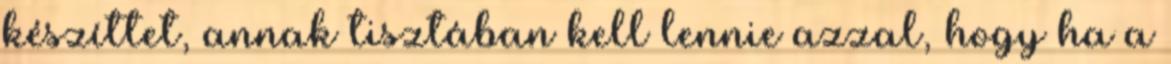
készíttet, annak tisztában kell lennie azzal, hogy ha a